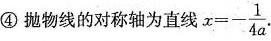
④抛物线的对称轴为直线 $$x = - \frac { 1 } { 4 a }$$,